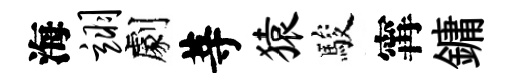
海翊劇䓁猿駿𡩋鏞